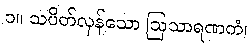
၁။ သပိတ်လှန်သော ဩသာရဏကံ၊